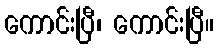
ကောင်းပြီ၊ ကောင်းပြီ။